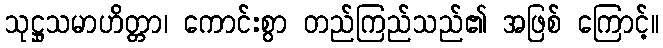
သုဋ္ဌုသမာဟိတ္တာ၊ ကောင်းစွာ တည်ကြည်သည်၏ အဖြစ် ကြောင့်။